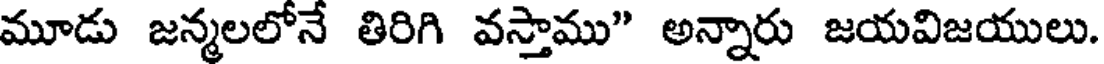
మూడు జన్మలలోనే తిరిగి వస్తాము" అన్నారు జయవిజయులు.